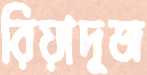
রিয়াদুজ